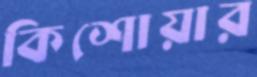
কিশোয়ার